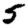
Digit: 5